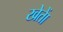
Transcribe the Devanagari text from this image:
खेताें